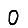
Digit: 0